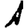
Digit: 1